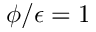
\phi / \epsilon = 1